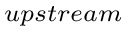
_ { u p s t r e a m }